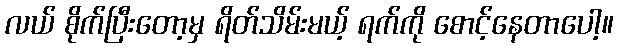
လယ် စိုက်ပြီးတော့မှ ရိတ်သိမ်းမယ့် ရက်ကို စောင့်နေတာပေါ့။